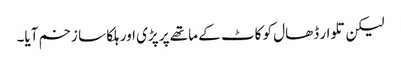
لیکن تلوار ڈھال کو کاٹ کے ماتھے پر پڑی اور ہلکا سا زخم آیا۔